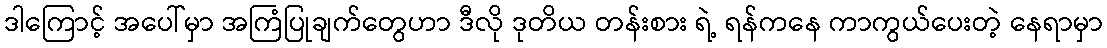
ဒါကြောင့် အပေါ်မှာ အကြံပြုချက်တွေဟာ ဒီလို ဒုတိယ တန်းစား ရဲ့ ရန်ကနေ ကာကွယ်ပေးတဲ့ နေရာမှာ